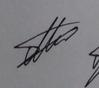
Signature authenticity: genuine